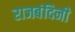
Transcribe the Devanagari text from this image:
राजबंदिनी